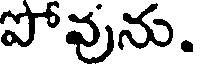
పోవును.